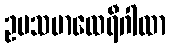
ဥပသမာထေရီဂါထာ